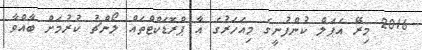
2016 މިރޭ އެޕަލް ކުންފުނީގެ މިއަހަރުގެ އާ ޕްރޮޑަކްޓްތައް ލޯންޗު ކުރުމަށް ބާއްވާ